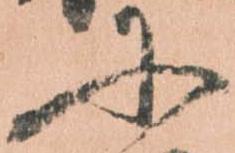
に